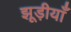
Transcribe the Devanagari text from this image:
झूड़ीयाँ